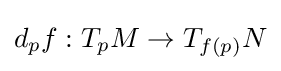
d_{p}f:T_{p}M\to T_{f(p)}N